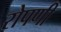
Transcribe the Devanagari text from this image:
रोपणी